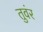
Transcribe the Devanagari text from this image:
तुवंर